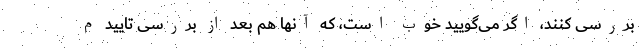
بررسی کنند، اگر می‌گویید خوب است، که آنها هم بعد از بررسی تایید م